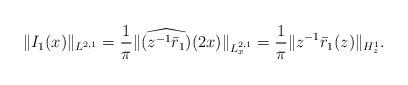
LaTeX: \begin{align*}&\|I_1(x)\|_{L^{2,1} } = \frac{1} {\pi} \| \widehat{(z^{-1} \bar{r}_1)}(2x)\|_{L^{2,1}_x} = \frac{1}{\pi} \| z^{-1} \bar{r}_1(z) \|_{ H^1_z}. \end{align*}